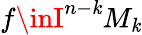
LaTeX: f\inI^{n-\mathit{k}}M_{\mathit{k}}